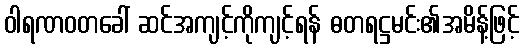
ဝါရဏဝတခေါ် ဆင်အကျင့်ကိုကျင့်ရန် ဓတရဋ္ဌမင်း၏အမိန့်ဖြင့်